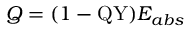
Q = ( 1 - \mathrm { Q Y } ) E _ { a b s }